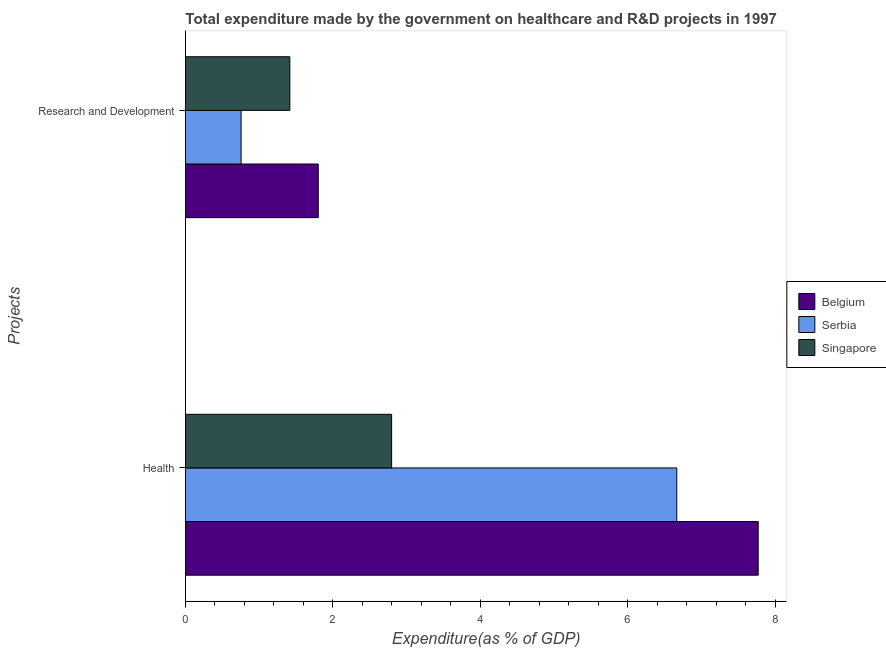
| Projects | Belgium | Serbia | Singapore |
 | --- | --- | --- | --- |
 | Health | 7.77 | 6.66 | 2.8 |
 | Research and Development | 1.8 | 0.754 | 1.42 |